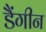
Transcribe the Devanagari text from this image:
डैंगीन